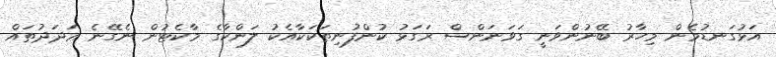
އަޅުގަނޑުމެން މިހާރު ބޭނުންވަނީ ގަވަނަންސް ރަގަޅު ކުންފުނިތަކަކާއެކު ލަންކާގެ މާކެޓުން ނެގޭނެ ޢަދަދުތައް